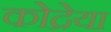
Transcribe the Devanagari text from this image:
कोद्रेया